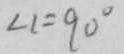
\angle 1 = 9 0 ^ { \circ }